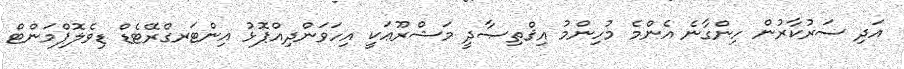
އަދި ސަރުކާރުން ހިންގާނެ އެންމެ މުހިންމު އިޤްތިޞާދީ މަޝްރޫޢަކީ އިހަވަންދިއްޕޮޅު އިންޓަރގްރޭޓެޑް ޑިވެލޮޕްމަންޓް